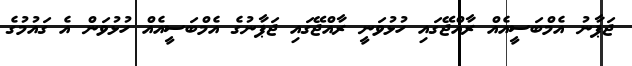
ޖަޕާނު އެމްބަސީއެއް ރާއްޖޭގައި ހުޅުވަނީ ރާއްޖޭގައި ޖަޕާނުގެ އެމްބަސީއެއް ހުޅުވަން އެ ގައުމުުގެ